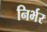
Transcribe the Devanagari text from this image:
निर्भर